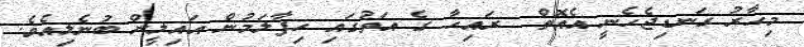
މިހާރު ގަނޑިޖެހެނީ އެއޮތް  ރައިހާ ގެ އަތުގައި ހިފާލަމުން އައިލީން ބުނެލިއެވެ.